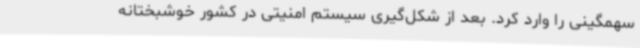
سهمگینی را وارد کرد. بعد از شکل‌گیری سیستم امنیتی در کشور خوشبختانه